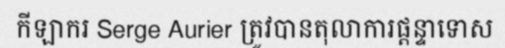
កីឡាករ Serge Aurier ត្រូវបានតុលាការផ្តន្ទាទោស